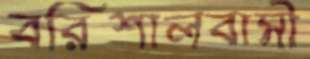
বরিশালবাসী